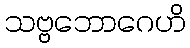
သဗ္ဗဘောဂေဟိ